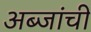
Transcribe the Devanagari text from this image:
अब्जांची